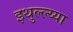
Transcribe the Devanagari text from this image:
इथुल्ल्य्या